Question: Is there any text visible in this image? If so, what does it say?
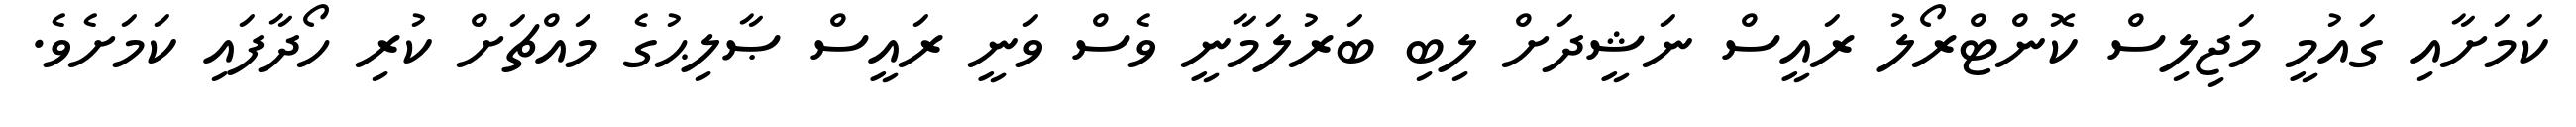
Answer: ކަމަށާއި ގައުމީ މަޖިލިސް ކޮންޓްރޯލު ރައީސް ނަޝީދަށް ލިބި ބަރުލަމާނީ ވެސް ވަނީ ރައީސް ޞާލިޙުގެ މައްޗަށް ކުރި ހޯދާފައި ކަމަށެވެ.